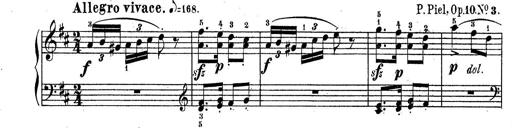
Title: Sonatine No.3
Composer: Peter Piel
Key: D major